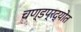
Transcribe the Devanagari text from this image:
चण्डप्रद्योत